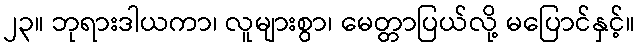
၂၃။ ဘုရားဒါယကာ၊ လူများစွာ၊ မေတ္တာပြယ်လို့ မပြောင်နှင့်။